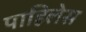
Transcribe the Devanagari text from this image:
पाहिलेस